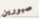
صبورين